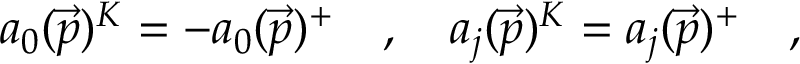
a _ { 0 } ( \vec { p } ) ^ { K } = - a _ { 0 } ( \vec { p } ) ^ { + } \quad , \quad a _ { j } ( \vec { p } ) ^ { K } = a _ { j } ( \vec { p } ) ^ { + } \quad ,